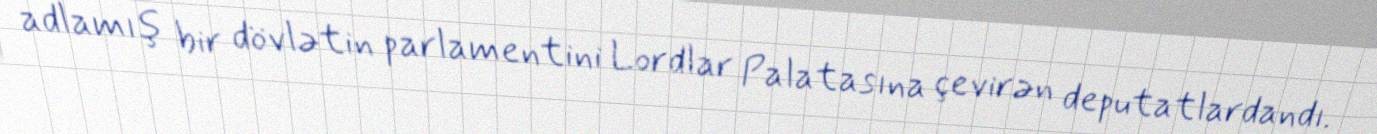
adlamış bir dövlətin parlamentini Lordlar Palatasına çevirən deputatlardandı.